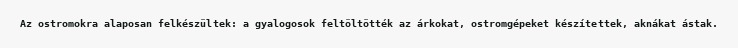
Az ostromokra alaposan felkészültek: a gyalogosok feltöltötték az árkokat, ostromgépeket készítettek, aknákat ástak.